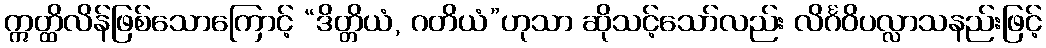
ဣတ္ထိလိန်ဖြစ်သောကြောင့် “ဒိတ္တိယံ, ဂတိယံ”ဟုသာ ဆိုသင့်သော်လည်း လိင်္ဂဝိပလ္လာသနည်းဖြင့်